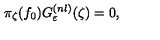
\pi _ { \zeta } ( f _ { 0 } ) G _ { \varepsilon } ^ { ( n l ) } ( \zeta ) = 0 ,